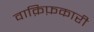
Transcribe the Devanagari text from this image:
वाक़िफ़कारी